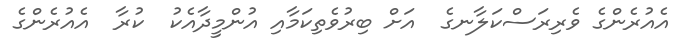
އެއުރެންގެ ވެރިރަސްކަލާނގެ  އަށް ބިރުވެތިކަމާއި އުންމީދާއެކު  ކުރާ  އެއުރެންގެ